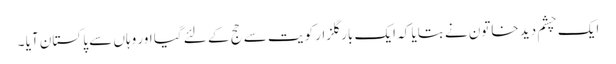
ایک چشم دید خاتون نے بتایا کہ ایک بار گلزار کویت سے حج کے لئے گیا اور وہاں سے پا کستان آیا ۔